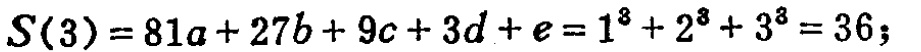
\(S(3)=81a + 27b + 9c + 3d + e=1^{3}+2^{3}+3^{3}=36;\)